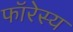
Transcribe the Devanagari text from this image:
फॉरेस्य